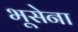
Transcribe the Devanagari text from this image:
भूसेना